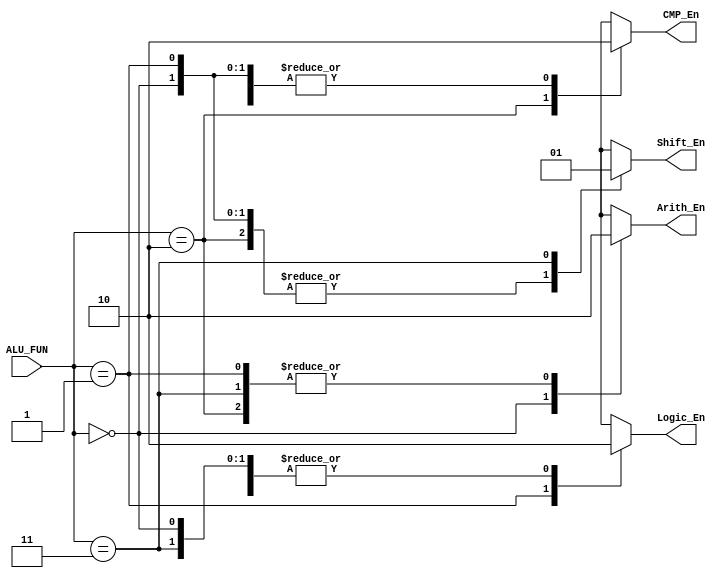
module ALU_Decoder(
    input [1 : 0] ALU_FUN,
    output reg Arith_En, Logic_En, CMP_En, Shift_En
);

localparam  Arith_Case = 2'b00,
            Logic_Case = 2'b01,
            CMP_Case = 2'b10,
            Shift_Case = 2'b11;

always @(*)
begin
    Arith_En = 1'b0;
    Logic_En = 1'b0;
    CMP_En = 1'b0;
    Shift_En = 1'b0;
     case(ALU_FUN)
     //Arith Enable
        Arith_Case: Arith_En = 1'b1;
     //Logic Enable
        Logic_Case: Logic_En = 1'b1;
     //CMP Enable
        CMP_Case:   CMP_En = 1'b1;
     //Shift Enable
        Shift_Case: Shift_En = 1'b1;
     //Default Case
        default: begin
         Arith_En = 1'b0;
         Logic_En = 1'b0;
         CMP_En = 1'b0;
         Shift_En = 1'b0;
        end
     endcase
end

endmodule